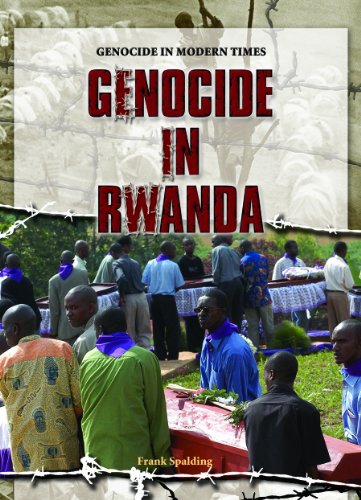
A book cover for Genocide in Rwanda (Genocide in Modern Times); Frank Spalding; Teen & Young Adult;